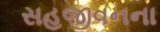
સહજીવનના